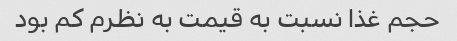
حجم غذا نسبت به قیمت به نظرم کم بود